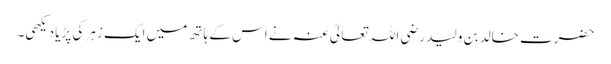
حضرت خالد بن ولید رضی اللہ تعالیٰ عنہ نے اس کے ہاتھ میں ایک زہر کی پڑیا دیکھی۔